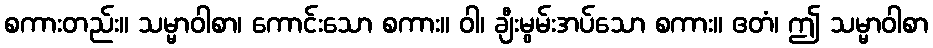
စကားတည်း။ သမ္မာဝါစာ၊ ကောင်းသော စကား။ ဝါ၊ ချီးမွမ်းအပ်သော စကား။ ဧတံ၊ ဤ သမ္မာဝါစာ